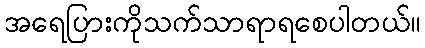
အရေပြားကိုသက်သာရာရစေပါတယ်။